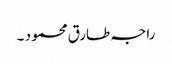
راجہ طارق محمود ۔